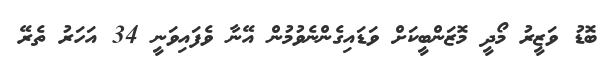
ބޮޑު ވަޒީރު މޯދީ މޮޒަންބީކަށް ވަޑައިގެންނެވުމުން އޭނާ ވެފައިވަނީ 34 އަހަރު ތެރޭ